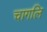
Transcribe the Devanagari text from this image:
चागलि